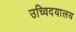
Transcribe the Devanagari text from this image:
उच्विदयालय